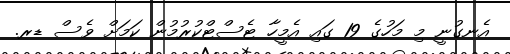
އެނގުނީ މި މަހުގެ 19 ގައި އެމީހާ ޓެސްޓްކުރުމުން ކަމަށް ވެސް ޑރ.